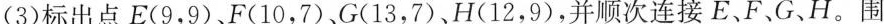
(3)标出点E(9，9)，F(10，7)。G(13，7)、H(12，9)，并顺次连接E、F、G、H。围